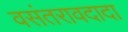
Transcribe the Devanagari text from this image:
वसंतरावदादा